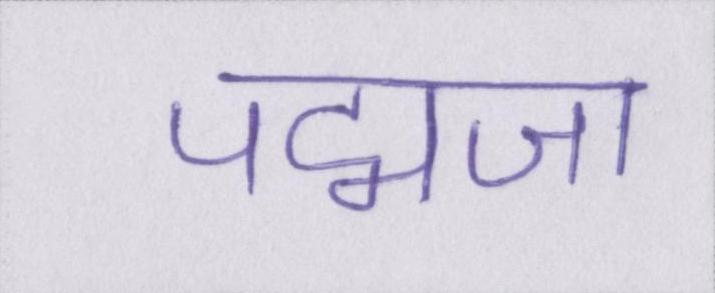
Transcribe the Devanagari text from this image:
पद्मजा